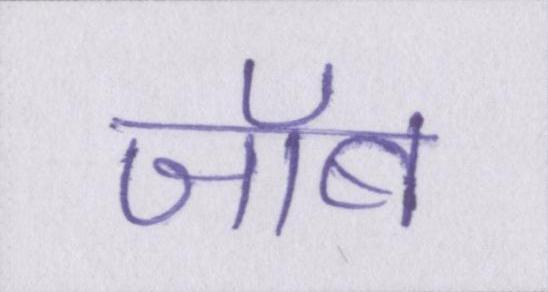
जॉब